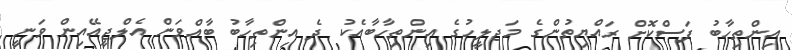
އިންތިހާބު ފަސްކޮށް ރައްޔިތުންގެ މަޖލީހުގެ އިންތިހާބާއެކު ދެ އިންތިހާބު ބާއްވަން އެލްޖީއޭއިން ވަނީ